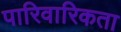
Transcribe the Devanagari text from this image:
पारिवारिकता